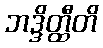
ဘဒ္ဒိတ္ထီတိ